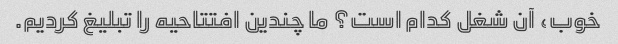
خوب، آن شغل کدام است؟ ما چندین افتتاحیه را تبلیغ کردیم.